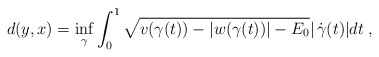
\begin{align*}d(y,x)=\inf_{\gamma } \int_0^1\sqrt{v(\gamma (t))-|w(\gamma (t))| -E_0}|\, \dot{\gamma} (t)|dt \; ,\end{align*}